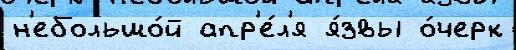
н'ебольшо́й апр'е́л'я я́звы о́черк